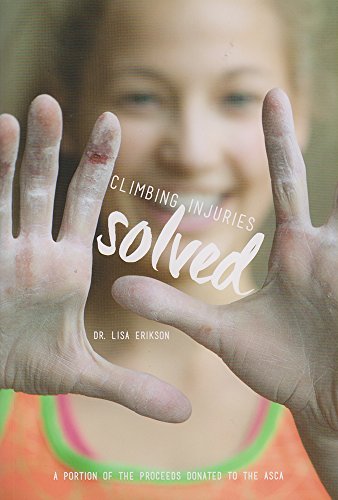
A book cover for Climbing Injuries SOLVED; Dr. Lisa Erikson; Sports & Outdoors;